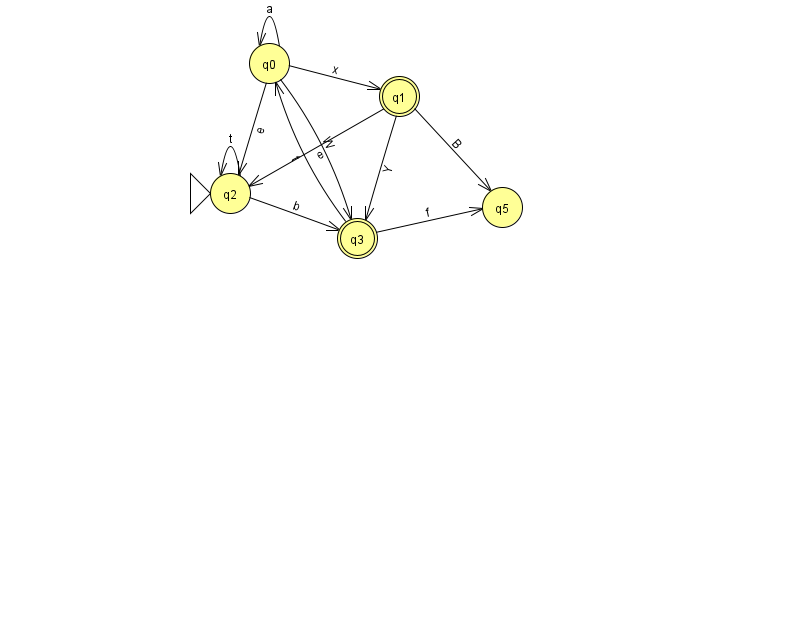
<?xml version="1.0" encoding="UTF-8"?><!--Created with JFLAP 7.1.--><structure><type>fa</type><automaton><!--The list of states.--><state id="0" name="q0"><x>269.0</x><y>50.0</y></state><state id="1" name="q1"><x>399.0</x><y>83.0</y><final/></state><state id="2" name="q2"><x>230.0</x><y>180.0</y><initial/></state><state id="3" name="q3"><x>357.0</x><y>225.0</y><final/></state><state id="5" name="q5"><x>502.0</x><y>194.0</y></state><!--The list of transitions.--><transition><from>0</from><to>0</to><read>a</read></transition><transition><from>1</from><to>3</to><read>Y</read></transition><transition><from>2</from><to>2</to><read>t</read></transition><transition><from>3</from><to>0</to><read>t</read></transition><transition><from>0</from><to>1</to><read>x</read></transition><transition><from>0</from><to>3</to><read>W</read></transition><transition><from>1</from><to>2</to><read>e</read></transition><transition><from>3</from><to>5</to><read>f</read></transition><transition><from>0</from><to>2</to><read>e</read></transition><transition><from>2</from><to>3</to><read>b</read></transition><transition><from>1</from><to>5</to><read>B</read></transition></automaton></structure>